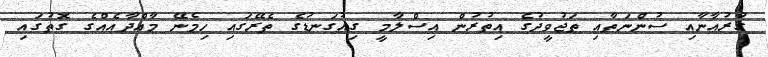
ގުރުއާނާއި ސުންނަތާއި ތަޖުވީދުގެ އިތުރުން އިސްލާމީ ގިއުގަނޑުގެ ތެރޭގައި ހިމެނޭ މާއްދާއެއްގެ ގޮތުގައި